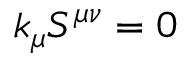
k _ { \mu } S ^ { \mu \nu } = 0